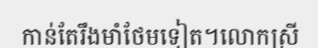
កាន់តែរឹងមាំថែមទៀត។លោកស្រី